Indian journal of veterinary science and animal husbandry - Volumes 18-21, 1948-1951
Year: 1948
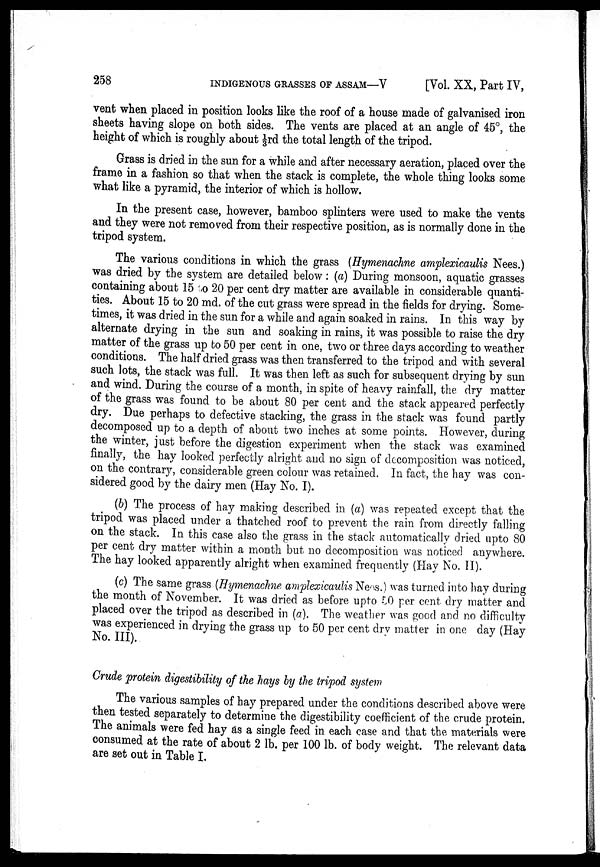
258 INDIGENOUS GRASSES OF ASSAM—V
[Vol. XX, Part IV,
vent when placed in position looks like the roof of a house made of galvanised iron
sheets having slope on both sides. The vents are placed at an angle of 45º, the
height of which is roughly about 1/3rd the total length of the tripod.
Grass is dried in the sun for a while and after necessary aeration, placed over the
frame in a fashion so that when the stack is complete, the whole thing looks some
what like a pyramid, the interior of which is hollow.
In the present case, however, bamboo splinters were used to make the vents
and they were not removed from their respective position, as is normally done in the
tripod system.
The various conditions in which the grass (Hymenachne amplexicaulis Nees.)
was dried by the system are detailed below: (a) During monsoon, aquatic grasses
containing about 15 to 20 per cent dry matter are available in considerable quanti-
ties. About 15 to 20 md. of the cut grass were spread in the fields for drying. Some-
times, it was dried in the sun for a while and again soaked in rains. In this way by
alternate drying in the sun and soaking in rains, it was possible to raise the dry
matter of the grass up to 50 per cent in one, two or three days according to weather
conditions. The half dried grass was then transferred to the tripod and with several
such lots, the stack was full. It was then left as such for subsequent drying by sun
and wind. During the course of a month, in spite of heavy rainfall, the dry matter
of the grass was found to be about 80 per cent and the stack appeared perfectly
dry. Due perhaps to defective stacking, the grass in the stack was found partly
decomposed up to a depth of about two inches at some points. However, during
the winter, just before the digestion experiment when the stack was examined
finally, the hay looked perfectly alright and no sign of decomposition was noticed,
on the contrary, considerable green colour was retained. In fact, the hay was con-
sidered good by the dairy men (Hay No. I).
(b) The process of hay making described in (a) was repeated except that the
tripod was placed under a thatched roof to prevent the rain from directly falling
on the stack. In this case also the grass in the stack automatically dried upto 80
per cent dry matter within a month but no decomposition was noticed anywhere.
The hay looked apparently alright when examined frequently (Hay No. II).
(c) The same grass (Hymenachne amplexicaulis Nees.) was turned into hay during
the month of November. It was dried as before upto 50 per cent dry matter and
placed over the tripod as described in (a). The weather was good and no difficulty
was experienced in drying the grass up to 50 per cent dry matter in one day (Hay
No. III).
Crude protein digestibility of the hays by the tripod system
The various samples of hay prepared under the conditions described above were
then tested separately to determine the digestibility coefficient of the crude protein.
The animals were fed hay as a single feed in each case and that the materials were
consumed at the rate of about 2 lb. per 100 lb. of body weight. The relevant data
are set out in Table I.